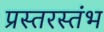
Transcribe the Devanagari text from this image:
प्रस्तरस्तंभ